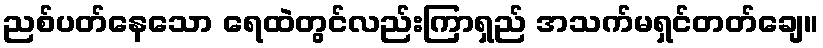
ညစ်ပတ်နေသော ရေထဲတွင်လည်းကြာရှည် အသက်မရှင်တတ်ချေ။